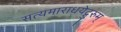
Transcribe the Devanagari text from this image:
सत्यमाराधयेद्गुरुम्